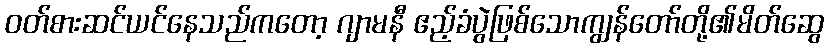
ဝတ်စားဆင်ယင်နေသည်ကတော့ ဂျာမနီ ဧည့်ခံပွဲဖြစ်သောကျွန်တော်တို့၏မိတ်ဆွေ